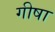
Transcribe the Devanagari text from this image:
गीषा